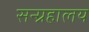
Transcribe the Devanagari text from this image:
सन्ग्रहालय